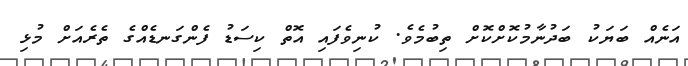
އަނެއް ބަޔަކު ބަދުނާމުކޮށްކޮށް ތިބުމެވެ. ކުނިވެފައި އޮތް ކިސަޑު ފެންގަނޑެއްގެ ތެރެއަށް މުޅި